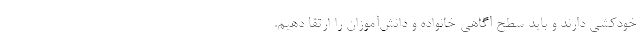
خودکشی دارند و باید سطح آگاهی خانواده و دانش‌آموزان را ارتقا دهیم.